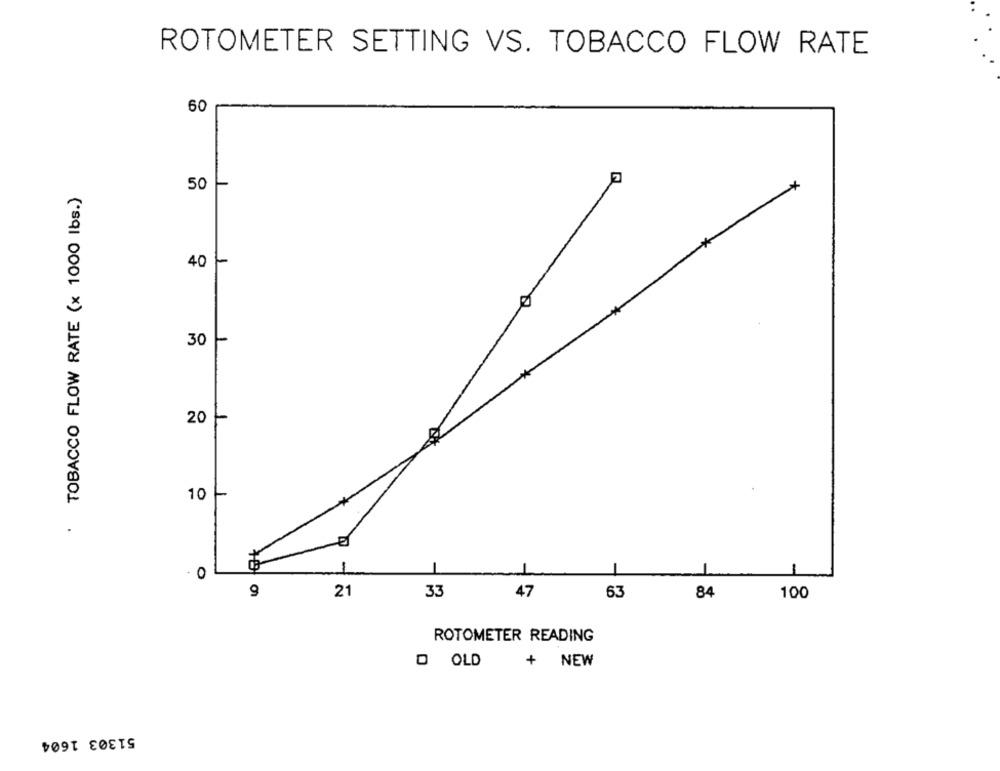
ROTOMETER SETTING VS. TOBACCO FLOW RATE
60
50
TOBACCO FLOW RATE (x 1000 Ibs.)
40
30
20
10
.
1
0
-
21
33
47
63
84
100
ROTOMETER READING
+ NEW
D OLD
51303 1604